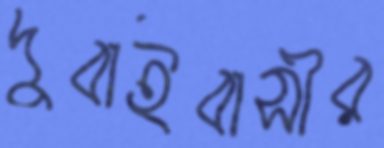
দুবাইবাসীর